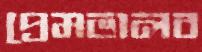
প্রেমভালব